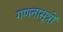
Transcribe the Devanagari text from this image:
गणनासूत्रों